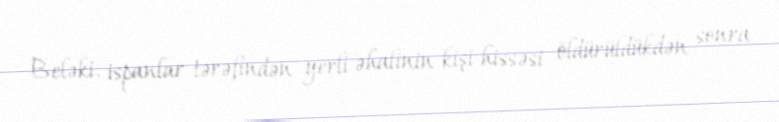
Beləki, ispanlar tərəfindən yerli əhalinin kişi hissəsi öldürüldükdən sonra